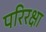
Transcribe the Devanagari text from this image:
परिरक्षा